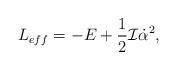
LaTeX: \begin{align*}L_{eff}=-E+\frac{1}{2}{\cal I}\dot{\alpha}^{2},\end{align*}